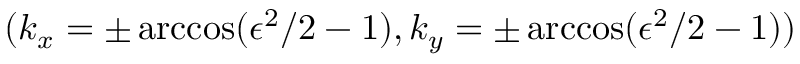
( k _ { x } = \pm \operatorname { a r c c o s } ( \epsilon ^ { 2 } / 2 - 1 ) , k _ { y } = \pm \operatorname { a r c c o s } ( \epsilon ^ { 2 } / 2 - 1 ) )